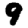
Digit: 9